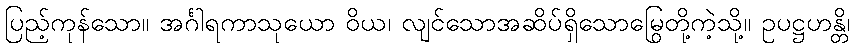
ပြည့်ကုန်သော။ အင်္ဂါရကာသုယော ဝိယ၊ လျင်သောအဆိပ်ရှိသောမြွေတို့ကဲ့သို့။ ဥပဋ္ဌဟန္တိ၊